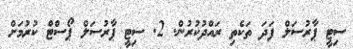
ސިޓީ ޕާރުސަލް ފަދަ ތަކެތި ރައްދުކުރުން. 2. ސިޓީ ޕާރުސަލް ޕޯސްޓް ކުރުމަށް